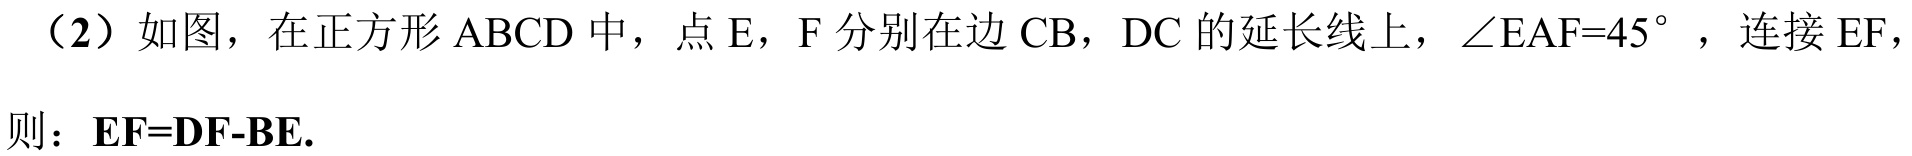
（2）如图，在正方形 \(ABCD\) 中，点 \(E\)，\(F\) 分别在边 \(CB\)，\(DC\) 的延长线上，\(\angle EAF = 45^{\circ}\)，连接 \(EF\)，
则：\(EF = DF - BE\).